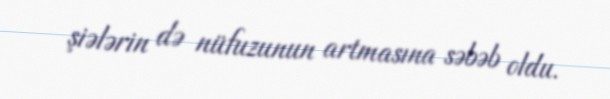
şiələrin də nüfuzunun artmasına səbəb oldu.